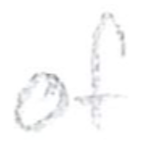
Text: of
Cross-out: clean
Writing tool: pencil